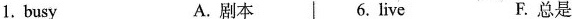
1.busy A.剧本 6.live F.总是